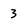
Character: 3